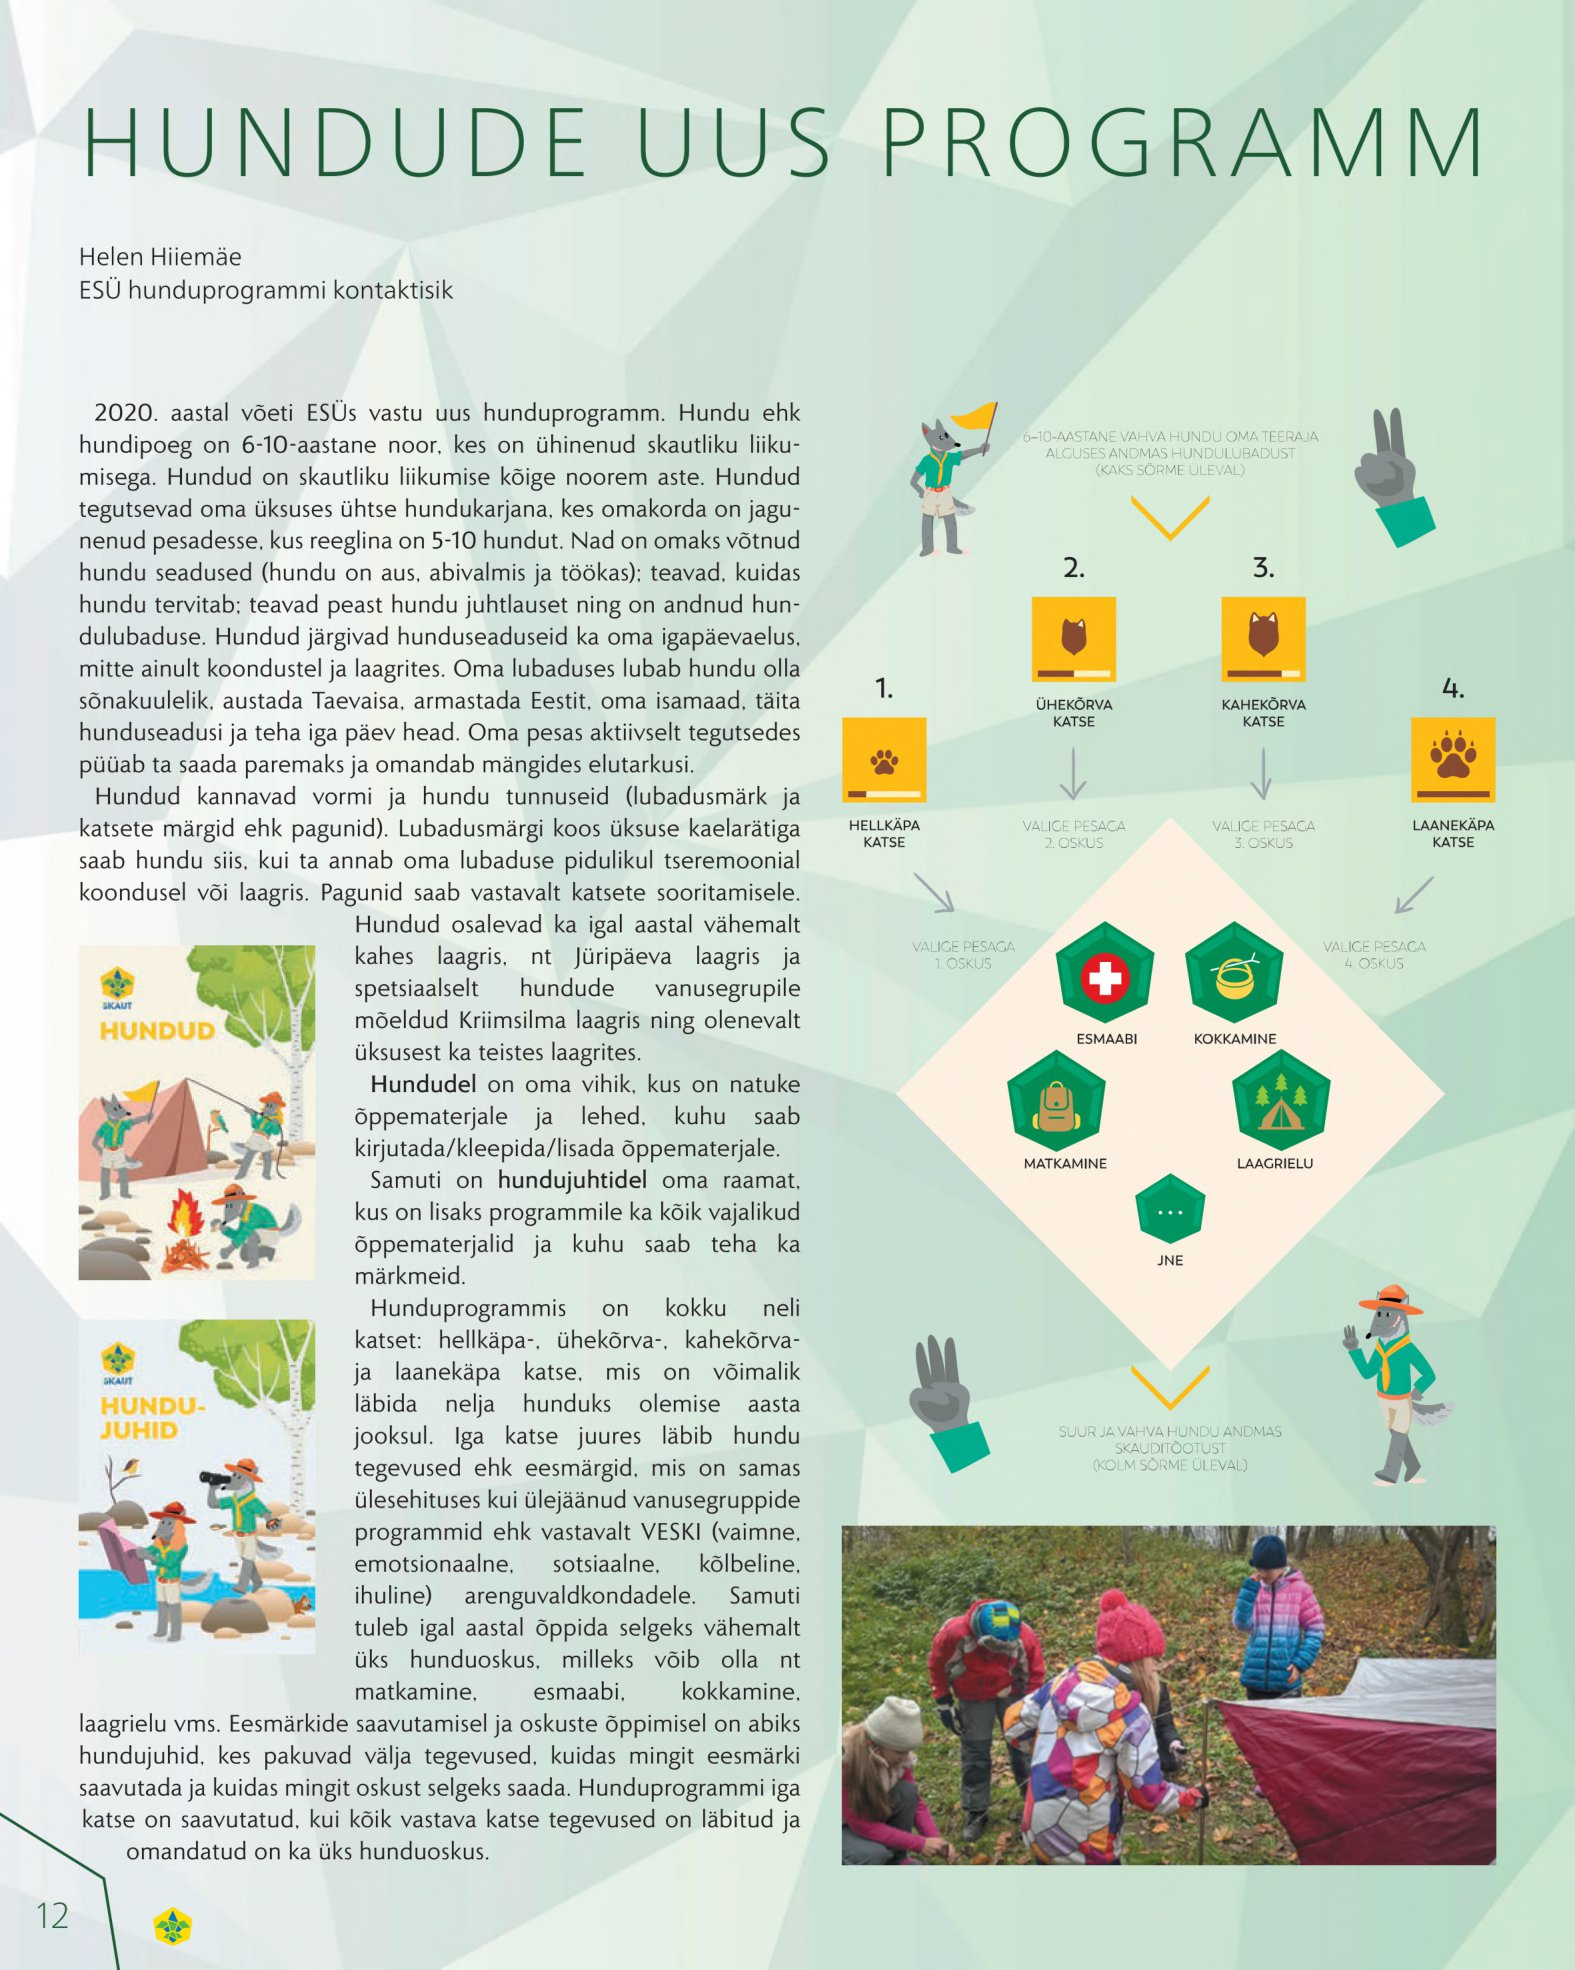
Language: et